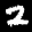
Label: 2